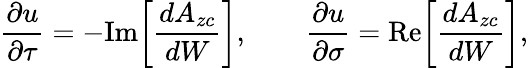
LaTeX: \frac{\partial u}{\partial\tau}=-\mathrm{Im}\! \left[\frac{dA_{zc}}{dW}\right],\qquad\frac{\partial u}{\partial\sigma}=\mathrm{Re}\! \left[\frac{dA_{zc}}{dW}\right],